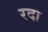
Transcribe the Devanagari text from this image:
रदा